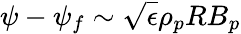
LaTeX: \psi-\psi_{f}\sim\sqrt{\epsilon}\rho_{p}RB_{p}